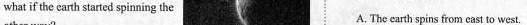
what if the carth started spinning the A. The earth spins from cast to west.